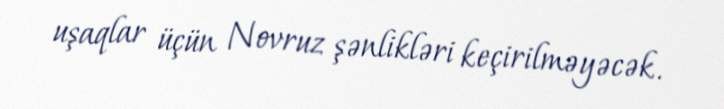
uşaqlar üçün Novruz şənlikləri keçirilməyəcək.